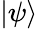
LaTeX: \vert\psi\rangle